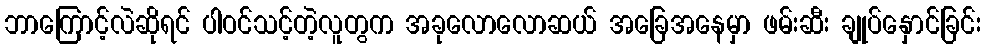
ဘာကြောင့်လဲဆိုရင် ပါဝင်သင့်တဲ့လူတွက အခုလောလောဆယ် အခြေအနေမှာ ဖမ်းဆီး ချုပ်နှောင်ခြင်း